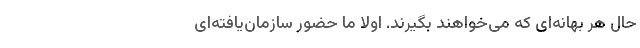
حال هر بهانه‌ای که می‌خواهند بگیرند. اولا ما حضور سازمان‌یافته‌ای